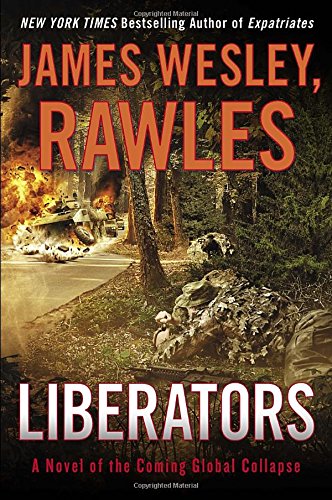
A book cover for Liberators: A Novel of the Coming Global Collapse; James Wesley Rawles; Science Fiction & Fantasy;